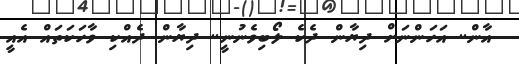
އާން.. އަހަންނަށް ދިޔާން ދެކެ ލޯބިވެނުނީ.. ދިޔާން ދެއްކި ވާހަކަތައް އެއީ